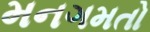
મનગમતો